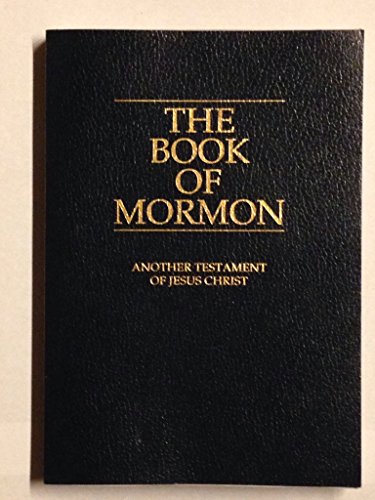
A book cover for The Book of Mormon: Another Testament of Jesus Christ; Religion & Spirituality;